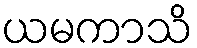
ယမကာသိ